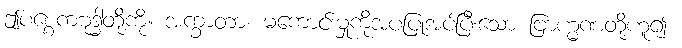
ဤပစ္စေကဗုဒ္ဓါတို့ကို။ အက္ခာတာ၊ မကောင်းမှုကိုအပပြုအပ်ပြီးသော ဗြာဟ္မဏတို့ဟူ၍